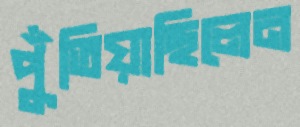
পুঁতিয়াছিলেন